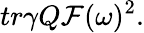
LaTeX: tr\gamma Q{\cal F}(\omega)^{2}.